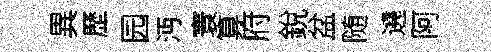
異歷园沔寰算府銳盆随遶阿